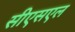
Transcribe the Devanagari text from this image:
सीएसएल